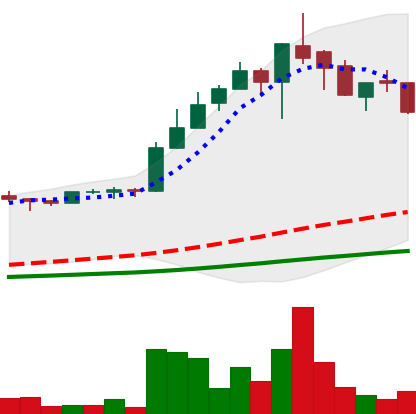
Ticker: LTC-USD
Chart end date: 2017-05-15
Forward return: 8.439%
Label: up_7plus